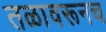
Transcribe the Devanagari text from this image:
तळावरूनच